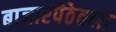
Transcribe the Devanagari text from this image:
बाजारपेठेतला